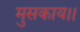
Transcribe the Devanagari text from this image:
मुसकाय।।